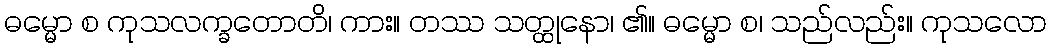
ဓမ္မော စ ကုသလက္ခတောတိ၊ ကား။ တဿ သတ္ထုနော၊ ၏။ ဓမ္မော စ၊ သည်လည်း။ ကုသလော